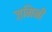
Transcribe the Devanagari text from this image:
ज़मिनी